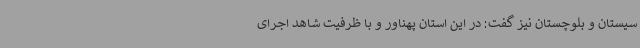
سیستان و بلوچستان نیز گفت: در این استان پهناور و با ظرفیت شاهد اجرای